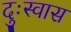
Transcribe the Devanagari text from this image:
दुःस्वास